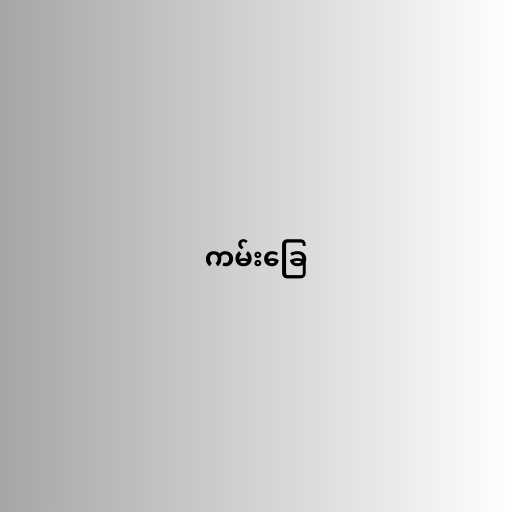
ကမ်းခြေ